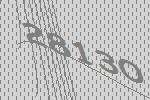
28130